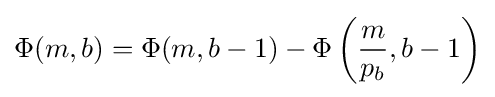
\Phi (m,b)=\Phi (m,b-1)-\Phi \left({\frac {m}{p_{b}}},b-1\right)